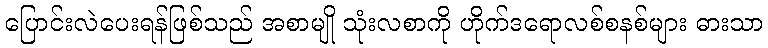
ပြောင်းလဲပေးရန်ဖြစ်သည် အစာမျို သုံးလစာကို ဟိုက်ဒရောလစ်စနစ်များ ဓားသာ